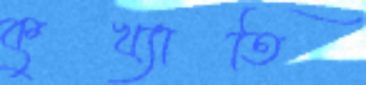
কুখ্যাতি